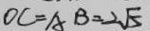
O C = A B = 2 \sqrt { 5 }